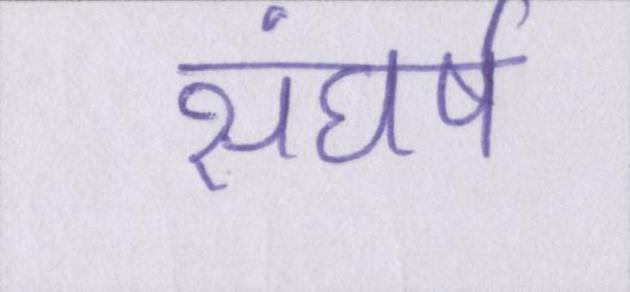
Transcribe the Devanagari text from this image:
संघर्ष